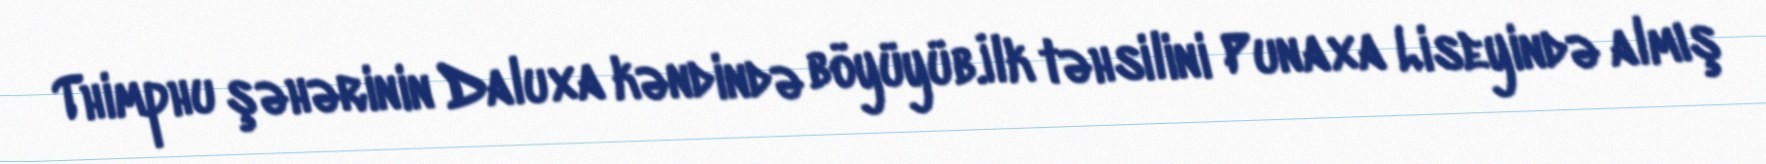
Thimphu şəhərinin Daluxa kəndində böyüyüb.İlk təhsilini Punaxa Liseyində almış